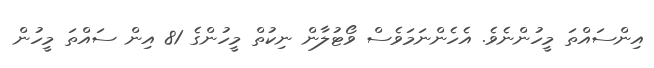
އިންސައްތަ މީހުންނެވެ. އެހެންނަމަވެސް ވޯޓުލާން ނިކުތް މީހުންގެ 81 އިން ސައްތަ މީހުން